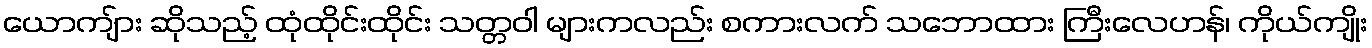
ယောကျ်ား ဆိုသည့် ထုံထိုင်းထိုင်း သတ္တဝါ များကလည်း စကားလက် သဘောထား ကြီးလေဟန်၊ ကိုယ်ကျိုး